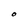
Character: O